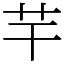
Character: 芉